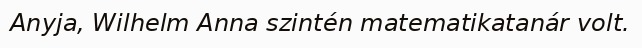
Anyja, Wilhelm Anna szintén matematikatanár volt.